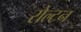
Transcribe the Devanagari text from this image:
रोल्टन